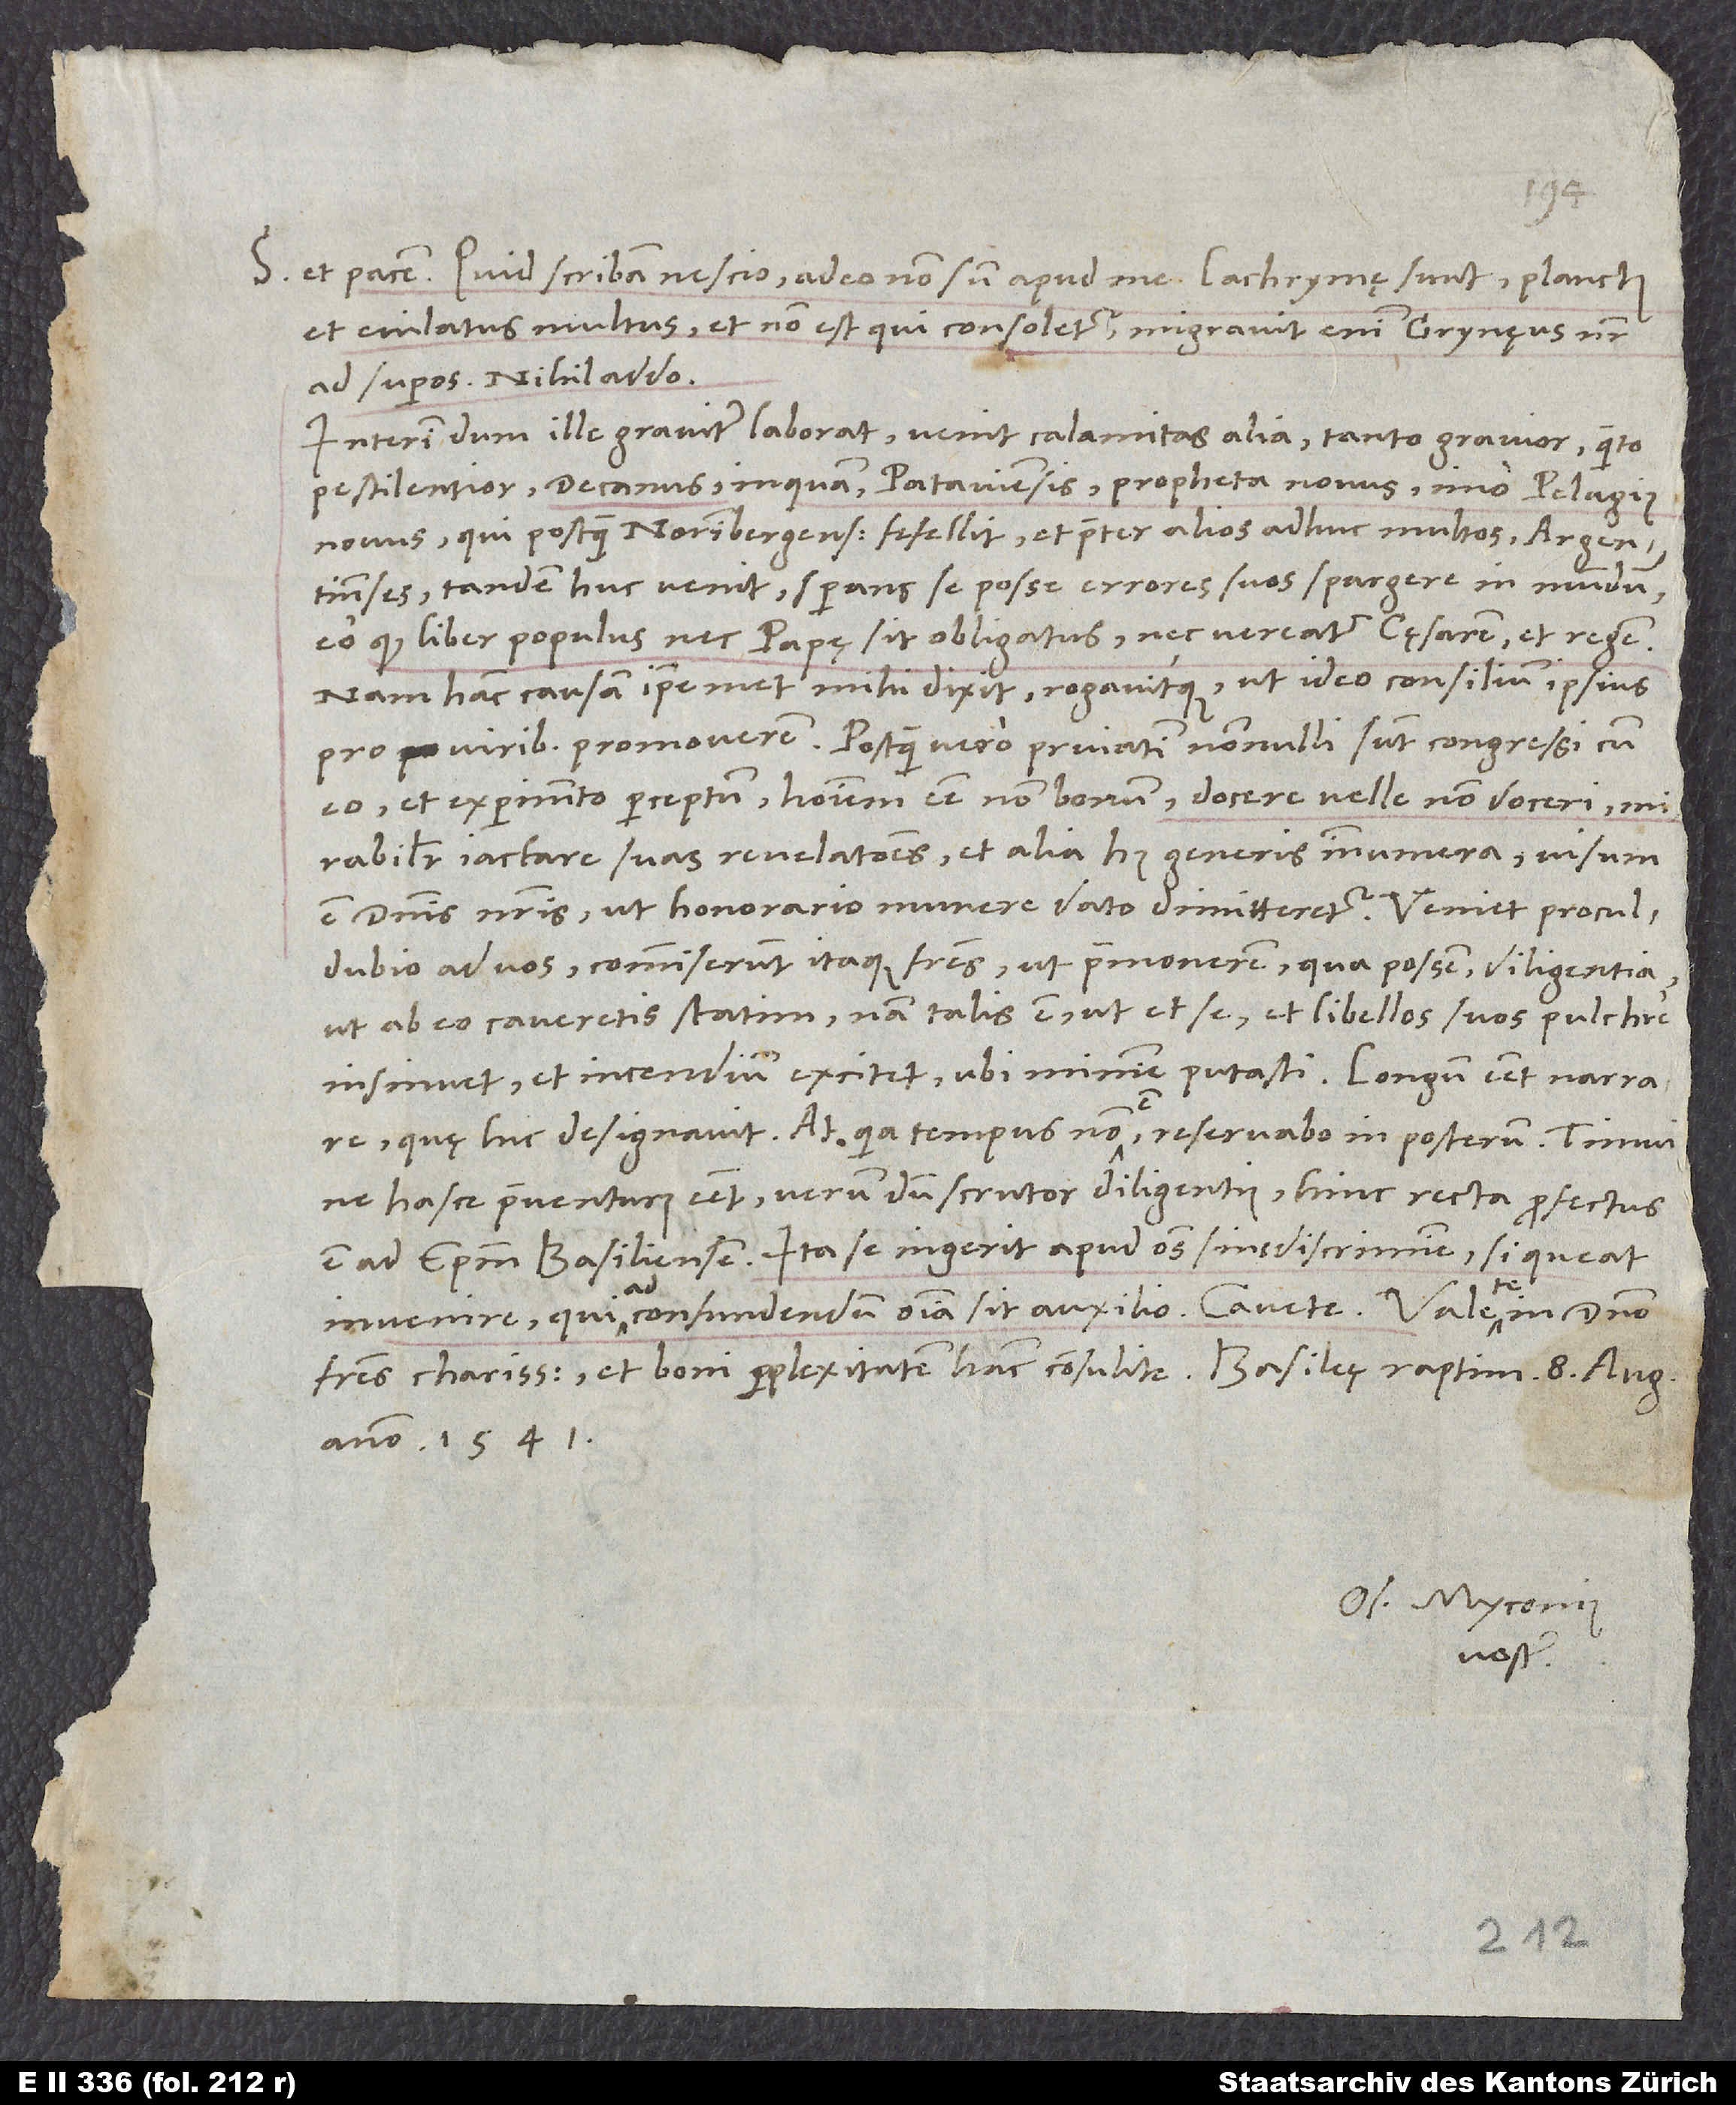
Quid scribam, nescio; adeo non sum apud me. Lachrymę sunt, planctus
et eiulatus multus, et non est, qui consoletur; migravit enim Grynęus noster
ad superos. Nihil addo.
Interim, dum ille graviter laborat, venit calamitas alia tanto gravior quanto
pestilentior, decanus inquam Pataviensis, propheta novus, imo Pelagius
novus, qui, postquam Norimbergenses fefellit et praeter alios adhuc multos Argentinenses,
tandem huc venit sperans se posse errores suos spargere in mundum,
eo quod liber populus nec papę sit obligatus nec vereatur cęsarem et regem.
Nam hanc causam ipsemet mihi dixit rogavitque, ut ideo consilium ipsius
pro viribus promoverem. Postquam vero privatim nonnulli sunt congressi cum
eo et experimento perceptum hominem esse non bonum, docere velle, non doceri,
mirabiliter iactare suas revelationes et alia huius generis innumera, visum
est dominis nostris, ut honorario munere dato dimitteretur. Veniet proculdubio
ad vos; commiserunt itaque fratres, ut praemonerem, qua possem diligentia,
ut ab eo caveretis statim; nam talis est, ut et se et libellos suos pulchre
insinuet et incendium excitet, ubi minime putasti. Longum esset narrare,
quę hic designavit. At, quia tempus non est, reservabo in posterum. Timui,
ne hasce praeventurus esset; verum, dum scrutor diligentius, hinc recta profectus
est ad episcopum Basiliensem. Ita se ingerit apud omnes sine discrimine, si queat
invenire, qui ad confundendum omnia sit auxilio. Cavete!
fratres charissimi, et boni perplexitatem hanc consulite. Basileę, raptim, 8. augusti
anno 1541.
Os. Myconius
vester.